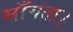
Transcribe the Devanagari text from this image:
माँगता।